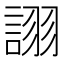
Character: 𧩘